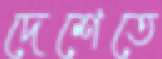
দেশেতে